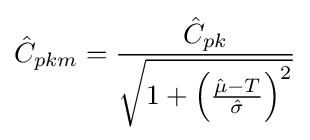
{\hat {C}}_{pkm}={\frac {{\hat {C}}_{pk}}{\sqrt {1+\left({\frac {{\hat {\mu }}-T}{\hat {\sigma }}}\right)^{2}}}}